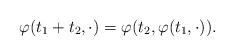
LaTeX: \begin{align*}\varphi(t_1+t_2,\cdot)=\varphi(t_2,\varphi(t_1,\cdot)).\end{align*}